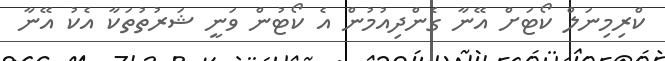
ކްރިމިނަލް ކޯޓަށް އޭނާ ގެންދިއުމުން އެ ކޯޓުން ވަނީ ޝަރުތުތަކާ އެކު އޭނާ